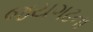
જયગઢના